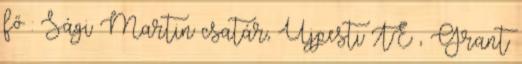
fő : Sági Martin csatár, Újpesti TE , Grant